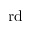
\mathrm { r d }